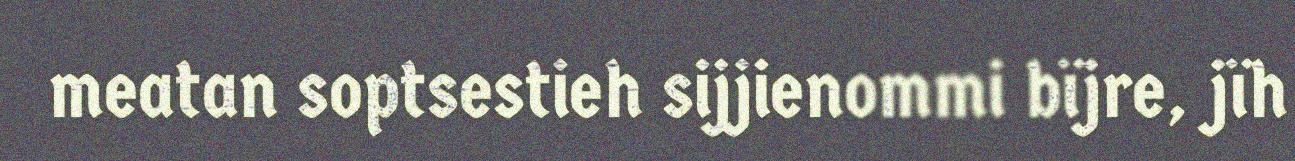
meatan soptsestieh sijjienommi bïjre, jïh